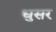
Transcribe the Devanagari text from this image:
धुसर